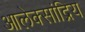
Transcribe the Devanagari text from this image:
आलेक्सांद्रिय